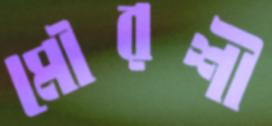
মৌরশী